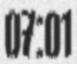
07:01